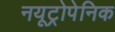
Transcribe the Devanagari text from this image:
नयूट्रोपेनिक